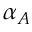
\alpha _ { A }